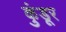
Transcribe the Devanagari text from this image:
कुंडूर